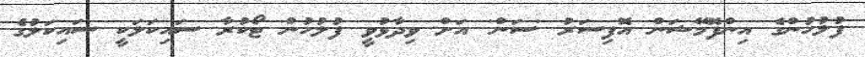
ފުލުހުންގެ އިންފޮމޭޝަން އޮފިސަރު 'ސަން' އަށް ވިދާޅުވީ ފުލުހުން ޓޯކުރާ ސައިކަލަކީ ސައިކަލުގެ